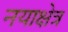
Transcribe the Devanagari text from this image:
नयाक्षेत्र